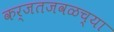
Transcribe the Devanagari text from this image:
कर्जतजवळच्या